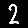
Digit: 2